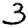
Digit: 3